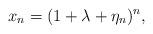
LaTeX: \begin{align*}x_n= ( 1+\lambda+\eta_n)^n,\end{align*}